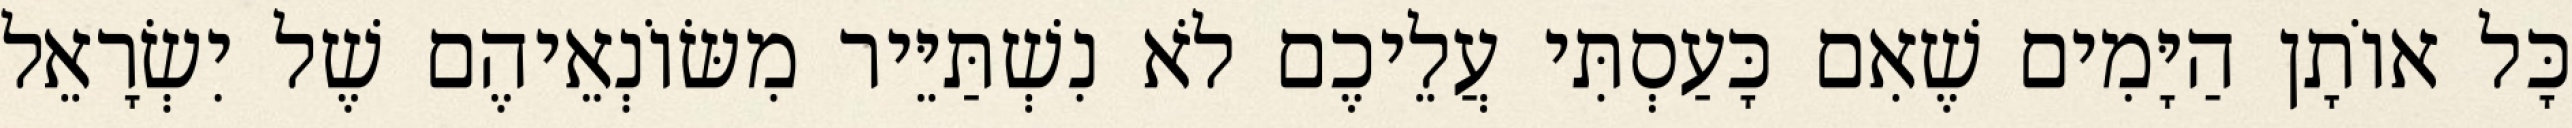
כָּל אוֹתָן הַיָּמִים שֶׁאִם כָּעַסְתִּי עֲלֵיכֶם לֹא נִשְׁתַּיֵּיר מִשּׂוֹנְאֵיהֶם שֶׁל יִשְׂרָאֵל